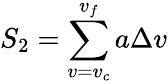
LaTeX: {S_{2}}=\sum_{v=v_{c}}^{v_{f}}a\Delta v